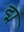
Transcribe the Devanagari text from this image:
द्म